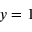
y = 1